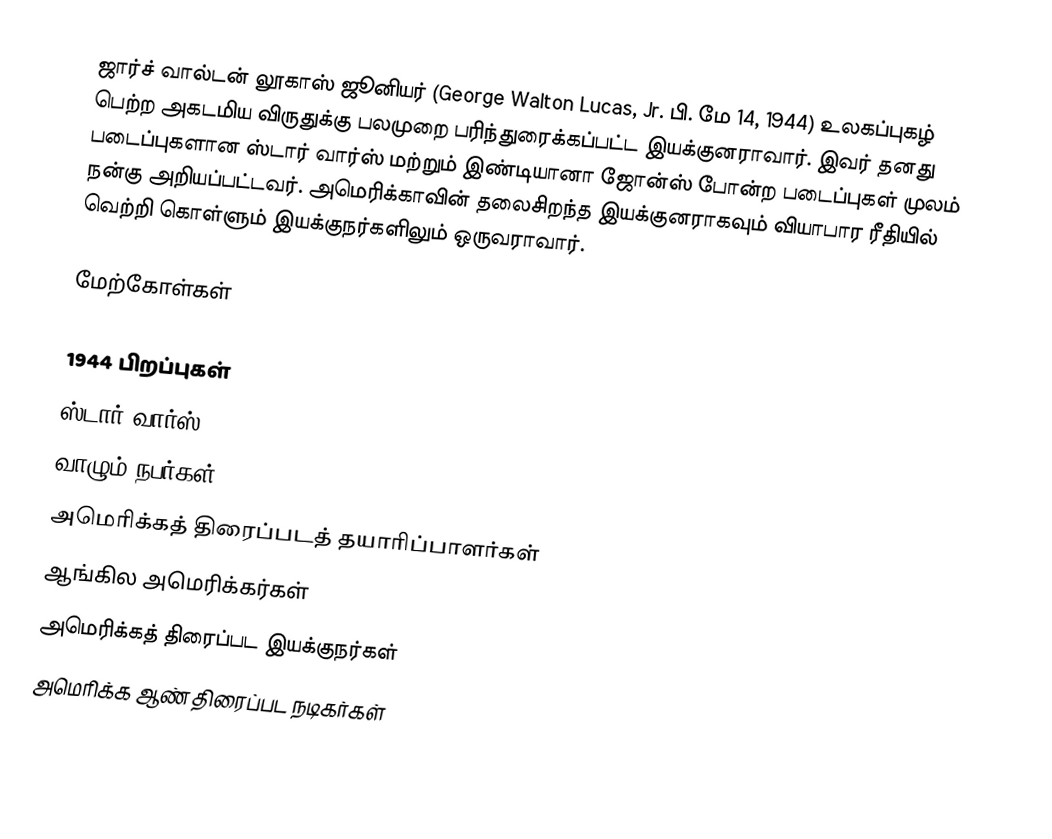
ஜார்ச் வால்டன் லூகாஸ் ஜூனியர் (George Walton Lucas, Jr. பி. மே 14, 1944) உலகப்புகழ் பெற்ற அகடமிய விருதுக்கு பலமுறை பரிந்துரைக்கப்பட்ட இயக்குனராவார். இவர் தனது படைப்புகளான ஸ்டார் வார்ஸ் மற்றும் இண்டியானா ஜோன்ஸ் போன்ற படைப்புகள் முலம் நன்கு அறியப்பட்டவர். அமெரிக்காவின் தலைசிறந்த இயக்குனராகவும் வியாபார ரீதியில் வெற்றி கொள்ளும் இயக்குநர்களிலும் ஒருவராவார்.

மேற்கோள்கள்

1944 பிறப்புகள்
ஸ்டார் வார்ஸ்
வாழும் நபர்கள்
அமெரிக்கத் திரைப்படத் தயாரிப்பாளர்கள்
ஆங்கில அமெரிக்கர்கள்
அமெரிக்கத் திரைப்பட இயக்குநர்கள்
அமெரிக்க ஆண் திரைப்பட நடிகர்கள்